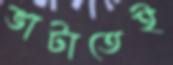
ভাটাতেই